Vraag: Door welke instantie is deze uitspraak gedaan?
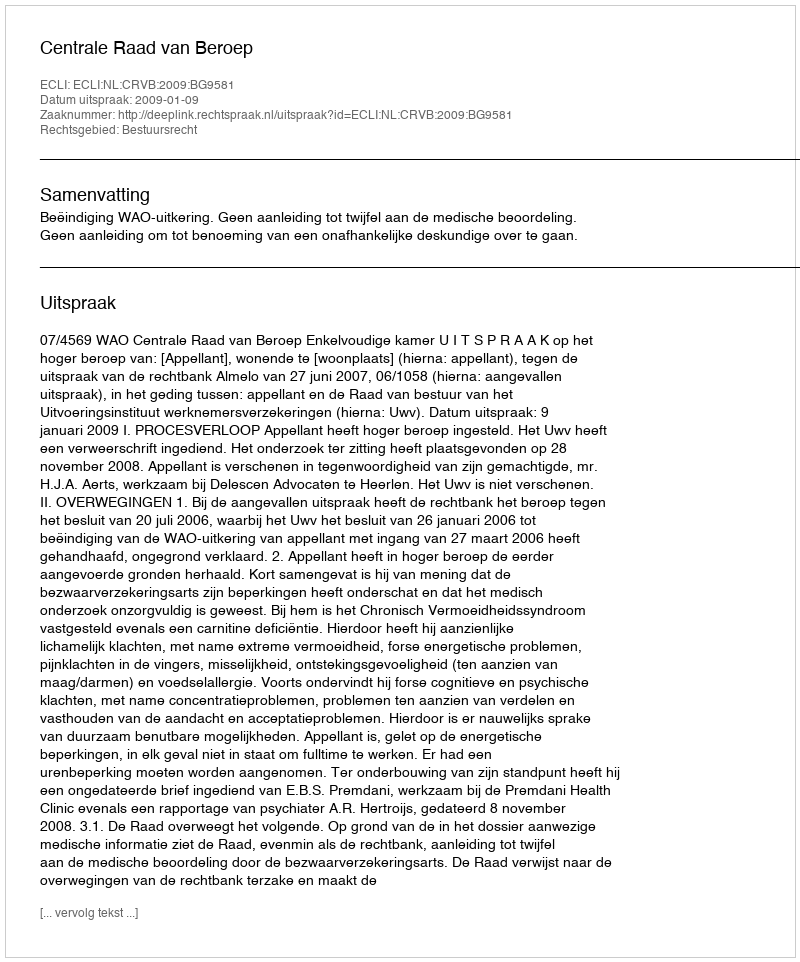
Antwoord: Centrale Raad van Beroep